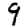
Digit: 9